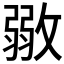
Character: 𢾼